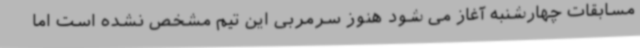
مسابقات چهارشنبه آغاز می شود هنوز سرمربی این تیم مشخص نشده است اما